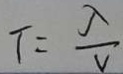
T = \frac { \lambda } { v }